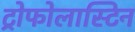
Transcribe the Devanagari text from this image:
ट्रोफोलास्टिन